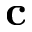
\mathbf { c }